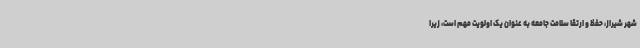
شهر شیراز، حفظ و ارتقا سلامت جامعه به عنوان یک اولویت مهم است، زیرا